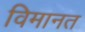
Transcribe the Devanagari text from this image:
विमानत